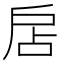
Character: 扂